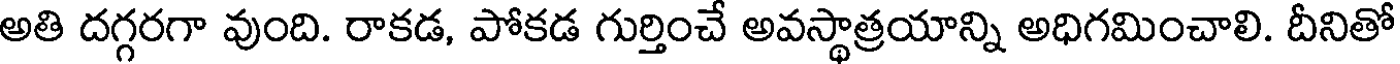
అతి దగ్గరగా వుంది. రాకడ, పోకడ గుర్తించే అవస్థాత్రయాన్ని అధిగమించాలి. దీనితో